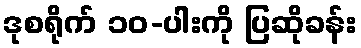
ဒုစရိုက် ၁၀-ပါးကို ပြဆိုခန်း